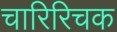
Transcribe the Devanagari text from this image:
चारिरिचक